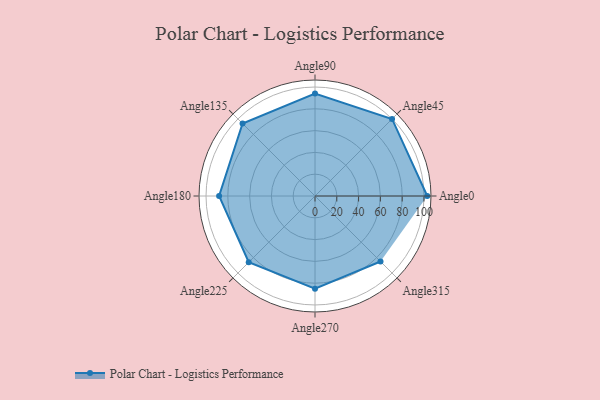
{"axis": {"x": "Angle", "y": "Radius"}, "legend": [""], "data": [{"x": "Angle0", "y": 103.0, "type": ""}, {"x": "Angle45", "y": 100.0, "type": ""}, {"x": "Angle90", "y": 94.0, "type": ""}, {"x": "Angle135", "y": 94.0, "type": ""}, {"x": "Angle180", "y": 88.0, "type": ""}, {"x": "Angle225", "y": 86.0, "type": ""}, {"x": "Angle270", "y": 85.0, "type": ""}, {"x": "Angle315", "y": 85.0, "type": ""}]}